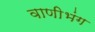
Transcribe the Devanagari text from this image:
वाणीभंग